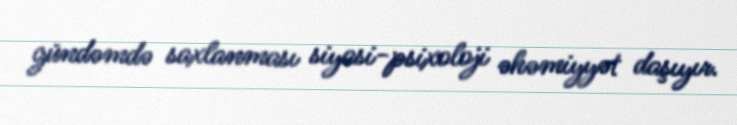
gündəmdə saxlanması siyasi-psixoloji əhəmiyyət daşıyır.